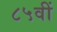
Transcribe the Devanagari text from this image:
८५वीं